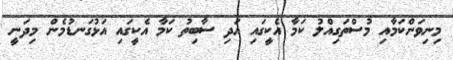
މިނިވަންކަމާއި މުސްތަގިއްލު ކަމާ އެކީގައި އަދި ސާބިތު ކަމާ އެކީގައި އަޅުގަނޑުމެން މިދަނީ